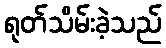
ရုတ်သိမ်းခဲ့သည်